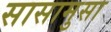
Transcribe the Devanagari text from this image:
सासामुसा